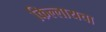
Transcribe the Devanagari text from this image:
किल्लायचा